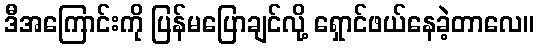
ဒီအကြောင်းကို ပြန်မပြောချင်လို့ ရှောင်ဖယ်နေခဲ့တာလေ။